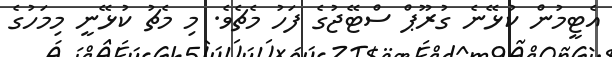
އެޓީމުން ކުޅޭނެ ގުރޫޕް ސްޓޭޖުގެ ފަހު މެޗެވެ. މި މެޗު ކުޅޭނީ މިމަހުގެ